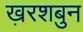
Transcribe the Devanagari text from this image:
ख़रशबुन